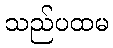
သည်ပထမ